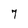
Character: 7